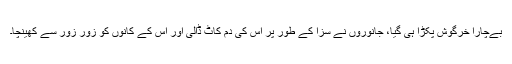
بےچارا خرگوش پکڑا ہی گیا، جانوروں نے سزا کے طور پر اس کی دُم کاٹ ڈالی اور اس کے کانوں کو زور زور سے کھینچا۔